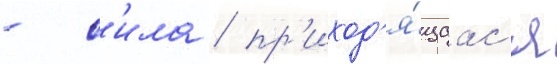
- с'ила / пр'иход'я́щаас'я